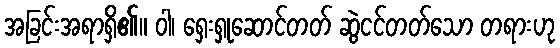
အခြင်းအရာရှိ၏။ ဝါ၊ ရှေးရှုဆောင်တတ် ဆွဲငင်တတ်သော တရားဟု